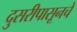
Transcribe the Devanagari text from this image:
दुसरीपासूनचे